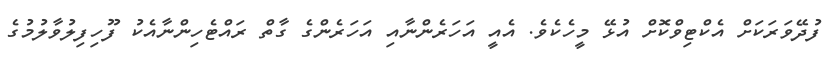
ފުދޭވަރަކަށް އެކްޓިވްކޮށް އުޅޭ މީހެކެވެ. އެއީ އަހަރެންނާއި އަހަރެންގެ ގާތް ރައްޓެހިންނާއެކު ފޫހިފިލުވާލުމުގެ